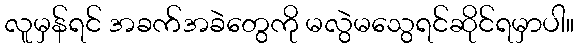
လူမှန်ရင် အခက်အခဲတွေကို မလွဲမသွေရင်ဆိုင်ရမှာပါ။